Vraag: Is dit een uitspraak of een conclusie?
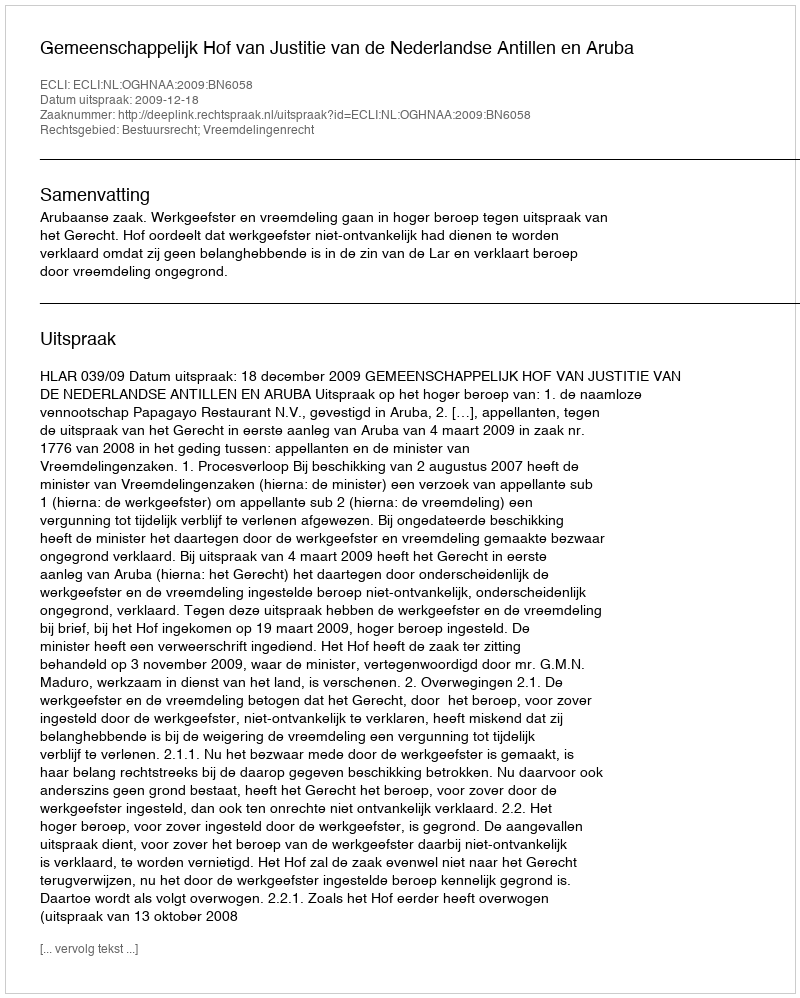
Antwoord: Uitspraak